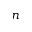
n